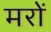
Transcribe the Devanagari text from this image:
मरों